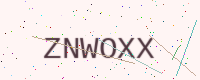
Text: ZNWOXX